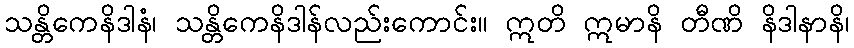
သန္တိကေနိဒါနံ၊ သန္တိကေနိဒါန်လည်းကောင်း။ ဣတိ ဣမာနိ တီဏိ နိဒါနာနိ၊